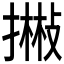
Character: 𢴻